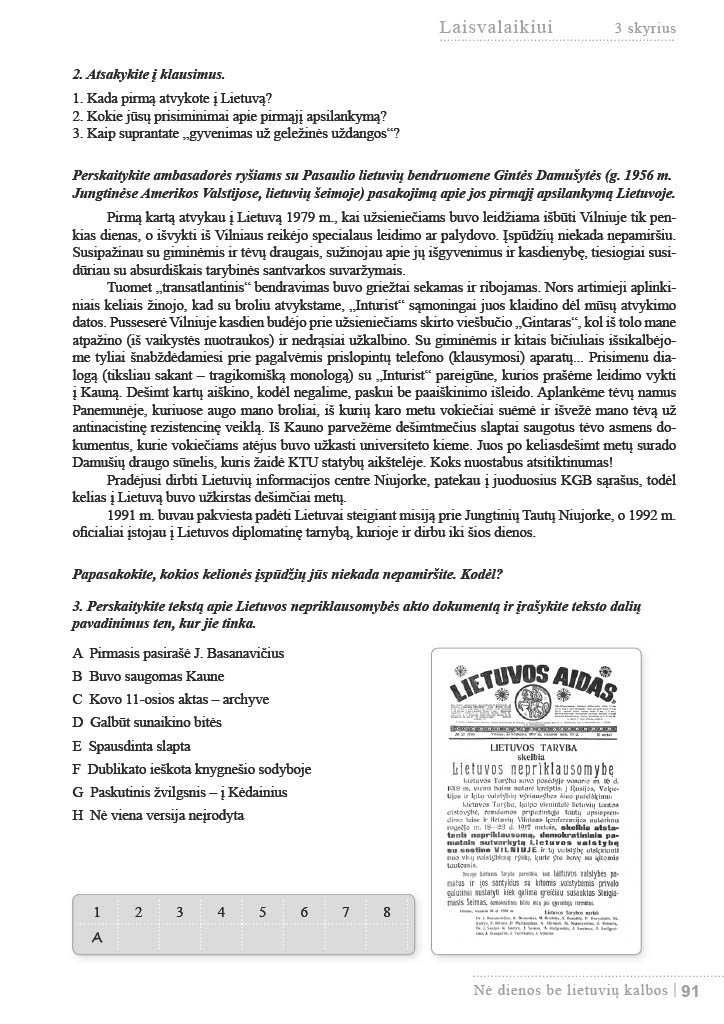
Language: lt